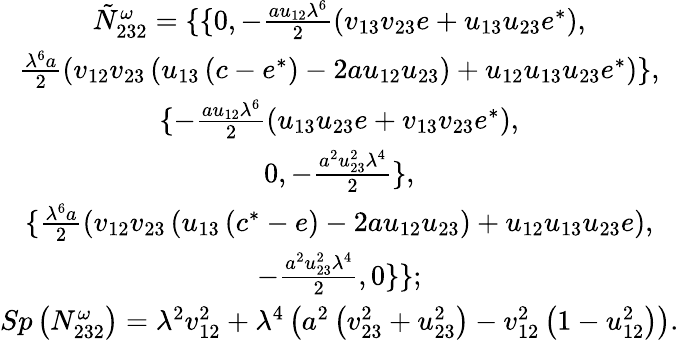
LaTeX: \begin{array}{c}{{{\tilde{N}}_{232}^{\omega}=\{ \{ 0,-\frac{au_{12}\lambda^{6}}2\left(v_{13}v_{23}e+u_{13}u_{23}e^{*}\right),}}\\ {{\frac{\lambda^{6}a}2\left(v_{12}v_{23}\left(u_{13}\left(c-e^{*}\right)-2au_{12}u_{23}\right)+u_{12}u_{13}u_{23}e^{*}\right)\} ,}}\\ {{\{ -\frac{au_{12}\lambda^{6}}2\left(u_{13}u_{23}e+v_{13}v_{23}e^{*}\right),}}\\ {{0,-\frac{a^{2}u_{23}^{2}\lambda^{4}}2\} ,}}\\ {{\{ \frac{\lambda^{6}a}2\left(v_{12}v_{23}\left(u_{13}\left(c^{*}-e\right)-2au_{12}u_{23}\right)+u_{12}u_{13}u_{23}e\right),}}\\ {{-\frac{a^{2}u_{23}^{2}\lambda^{4}}2,0\} \} ;}}\\ {{Sp\left(N_{232}^{\omega}\right)=\lambda^{2}v_{12}^{2}+\lambda^{4}\left(a^{2}\left(v_{23}^{2}+u_{23}^{2}\right)-v_{12}^{2}\left(1-u_{12}^{2}\right)\right).}}\end{array}